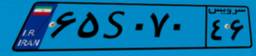
۴۸S۸۵۷۸۷